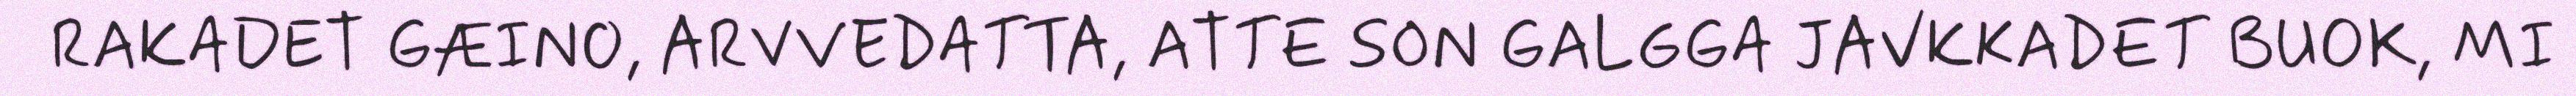
RAKADET GÆINO, ARVVEDATTA, ATTE SON GALGGA JAVKKADET BUOK, MI